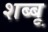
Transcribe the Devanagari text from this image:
शब्बू